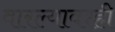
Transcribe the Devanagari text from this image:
वारल्यावरही